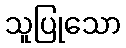
သူပြုသော